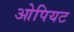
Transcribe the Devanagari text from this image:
ओपियट